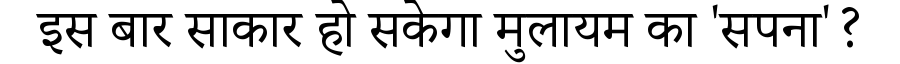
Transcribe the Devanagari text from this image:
इस बार साकार हो सकेगा मुलायम का 'सपना'?